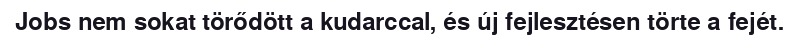
Jobs nem sokat törődött a kudarccal, és új fejlesztésen törte a fejét.